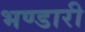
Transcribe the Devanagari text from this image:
भण्‍डारी